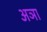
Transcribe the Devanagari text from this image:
अञा